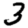
Digit: 3